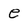
Character: e